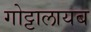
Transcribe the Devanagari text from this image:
गोट्टालायब